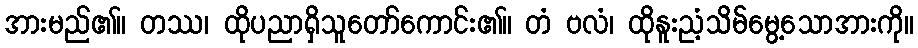
အားမည်၏။ တဿ၊ ထိုပညာရှိသူတော်ကောင်း၏။ တံ ဗလံ၊ ထိုနူးညံ့သိမ်မွေ့သောအားကို။